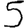
Digit: 5